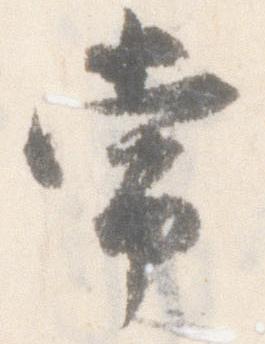
常